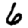
Digit: 6